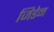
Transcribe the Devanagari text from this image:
जिडेन